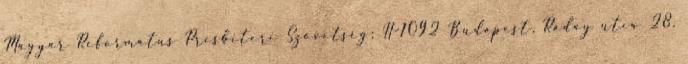
Magyar Református Presbiteri Szövetség; H-1092 Budapest, Ráday utca 28.